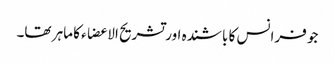
جو فرانس کا باشندہ اور تشریح الا عضاء کا ماہر تھا۔